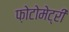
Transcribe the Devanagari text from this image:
फ़ोटोमेट्री